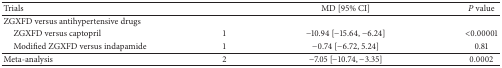
| Trials |  | MD [95% CI] | P value |
 | --- | --- | --- | --- |
 | ZGXFD versus antihypertensive drugs |  |  |  |
 | ZGXFD versus captopril | 1 | −10.94 [−15.64, −6.24] | <0.00001 |
 | Modified ZGXFD versus indapamide | 1 | −0.74 [−6.72, 5.24] | 0.81 |
 | Meta-analysis | 2 | −7.05 [−10.74, −3.35] | 0.0002 |